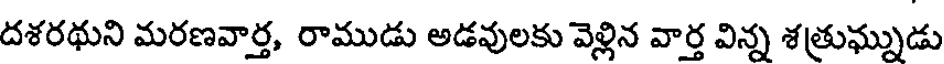
దశరథుని మరణవార్త, రాముడు అడవులకు వెళ్లిన వార్త విన్న శత్రుఘ్నుడు